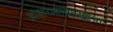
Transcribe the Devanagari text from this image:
आहाराबाबतसुद्धा